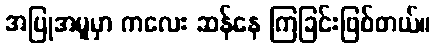
အပြုအမူမှာ ကလေး ဆန်နေ ကြခြင်းဖြစ်တယ်။